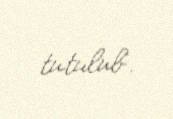
tutulub.